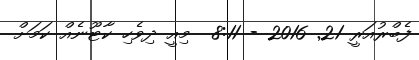
ފެބްރުއަރީ 21